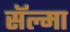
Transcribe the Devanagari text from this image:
सॅल्मा